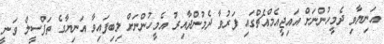
އަނިޔާވި ދެމީހުންނަށް އައިޖީއެމްއެޗްގައި ފަރުވާ ދެމުންދާއިރު އެމީހުންނަށް ލިބިފައިވާ އަނިޔާގެ ތަފްސީލް ވަނީ